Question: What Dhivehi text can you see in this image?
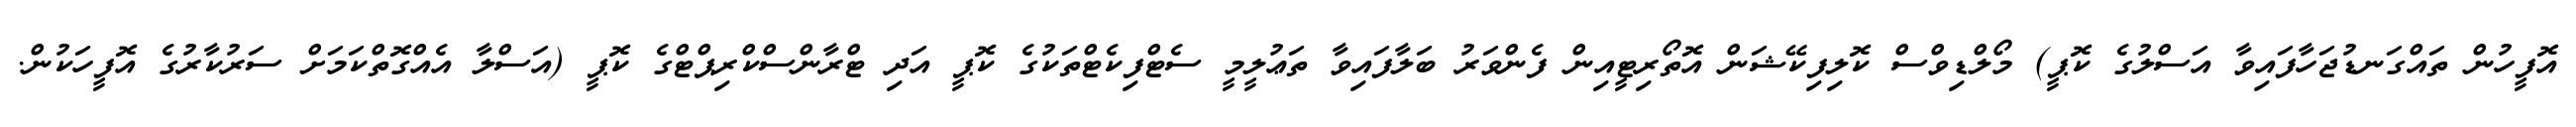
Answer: އޮފީހުން ތައްގަނޑުޖަހާފައިވާ އަސްލުގެ ކޮޕީ) މޯލްޑިވްސް ކޮލިފިކޭޝަން އޮތޯރިޓީއިން ފެންވަރު ބަލާފައިވާ ތަޢުލީމީ ސެޓްފިކެޓްތަކުގެ ކޮޕީ އަދި ޓްރާންސްކްރިޕްޓްގެ ކޮޕީ (އަސްލާ އެއްގޮތްކަމަށް ސަރުކާރުގެ އޮފީހަކުން.